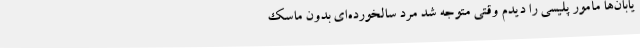
یابان‌ها مأمور پلیسی را دیدم وقتی متوجه شد مرد سالخورده‌ای بدون ماسک